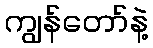
ကျွန်တော်နဲ့